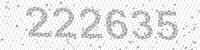
Solution: 222635